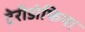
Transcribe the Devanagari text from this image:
टेरीडोफिया